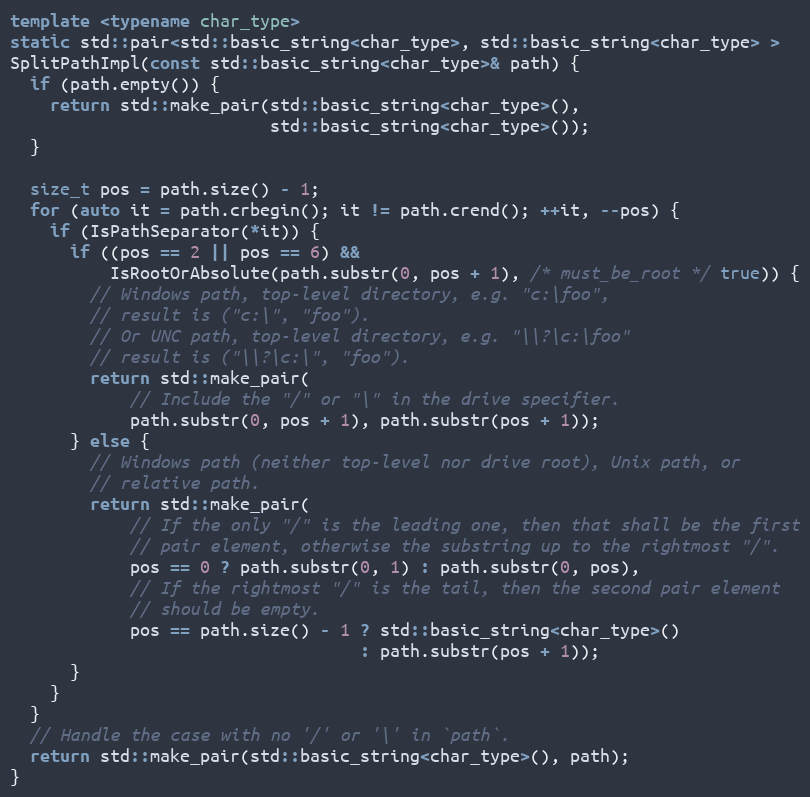
Language: C++
template <typename char_type>
static std::pair<std::basic_string<char_type>, std::basic_string<char_type> >
SplitPathImpl(const std::basic_string<char_type>& path) {
  if (path.empty()) {
    return std::make_pair(std::basic_string<char_type>(),
                          std::basic_string<char_type>());
  }

  size_t pos = path.size() - 1;
  for (auto it = path.crbegin(); it != path.crend(); ++it, --pos) {
    if (IsPathSeparator(*it)) {
      if ((pos == 2 || pos == 6) &&
          IsRootOrAbsolute(path.substr(0, pos + 1), /* must_be_root */ true)) {
        // Windows path, top-level directory, e.g. "c:\foo",
        // result is ("c:\", "foo").
        // Or UNC path, top-level directory, e.g. "\\?\c:\foo"
        // result is ("\\?\c:\", "foo").
        return std::make_pair(
            // Include the "/" or "\" in the drive specifier.
            path.substr(0, pos + 1), path.substr(pos + 1));
      } else {
        // Windows path (neither top-level nor drive root), Unix path, or
        // relative path.
        return std::make_pair(
            // If the only "/" is the leading one, then that shall be the first
            // pair element, otherwise the substring up to the rightmost "/".
            pos == 0 ? path.substr(0, 1) : path.substr(0, pos),
            // If the rightmost "/" is the tail, then the second pair element
            // should be empty.
            pos == path.size() - 1 ? std::basic_string<char_type>()
                                   : path.substr(pos + 1));
      }
    }
  }
  // Handle the case with no '/' or '\' in `path`.
  return std::make_pair(std::basic_string<char_type>(), path);
}